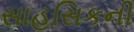
સાહસિકની